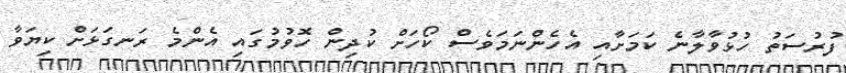
ފުރުސަތު ހުޅުވާލާނެ ކަމަށާއި އެހެންނަމަވެސް ކޯހަށް ކުދިން ހޮވުމުގައި އެންމެ ރަނގަޅަށް ކިޔަވާ